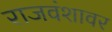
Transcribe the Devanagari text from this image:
राजवंशावर